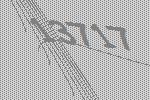
13717